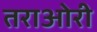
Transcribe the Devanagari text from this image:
तराओरी